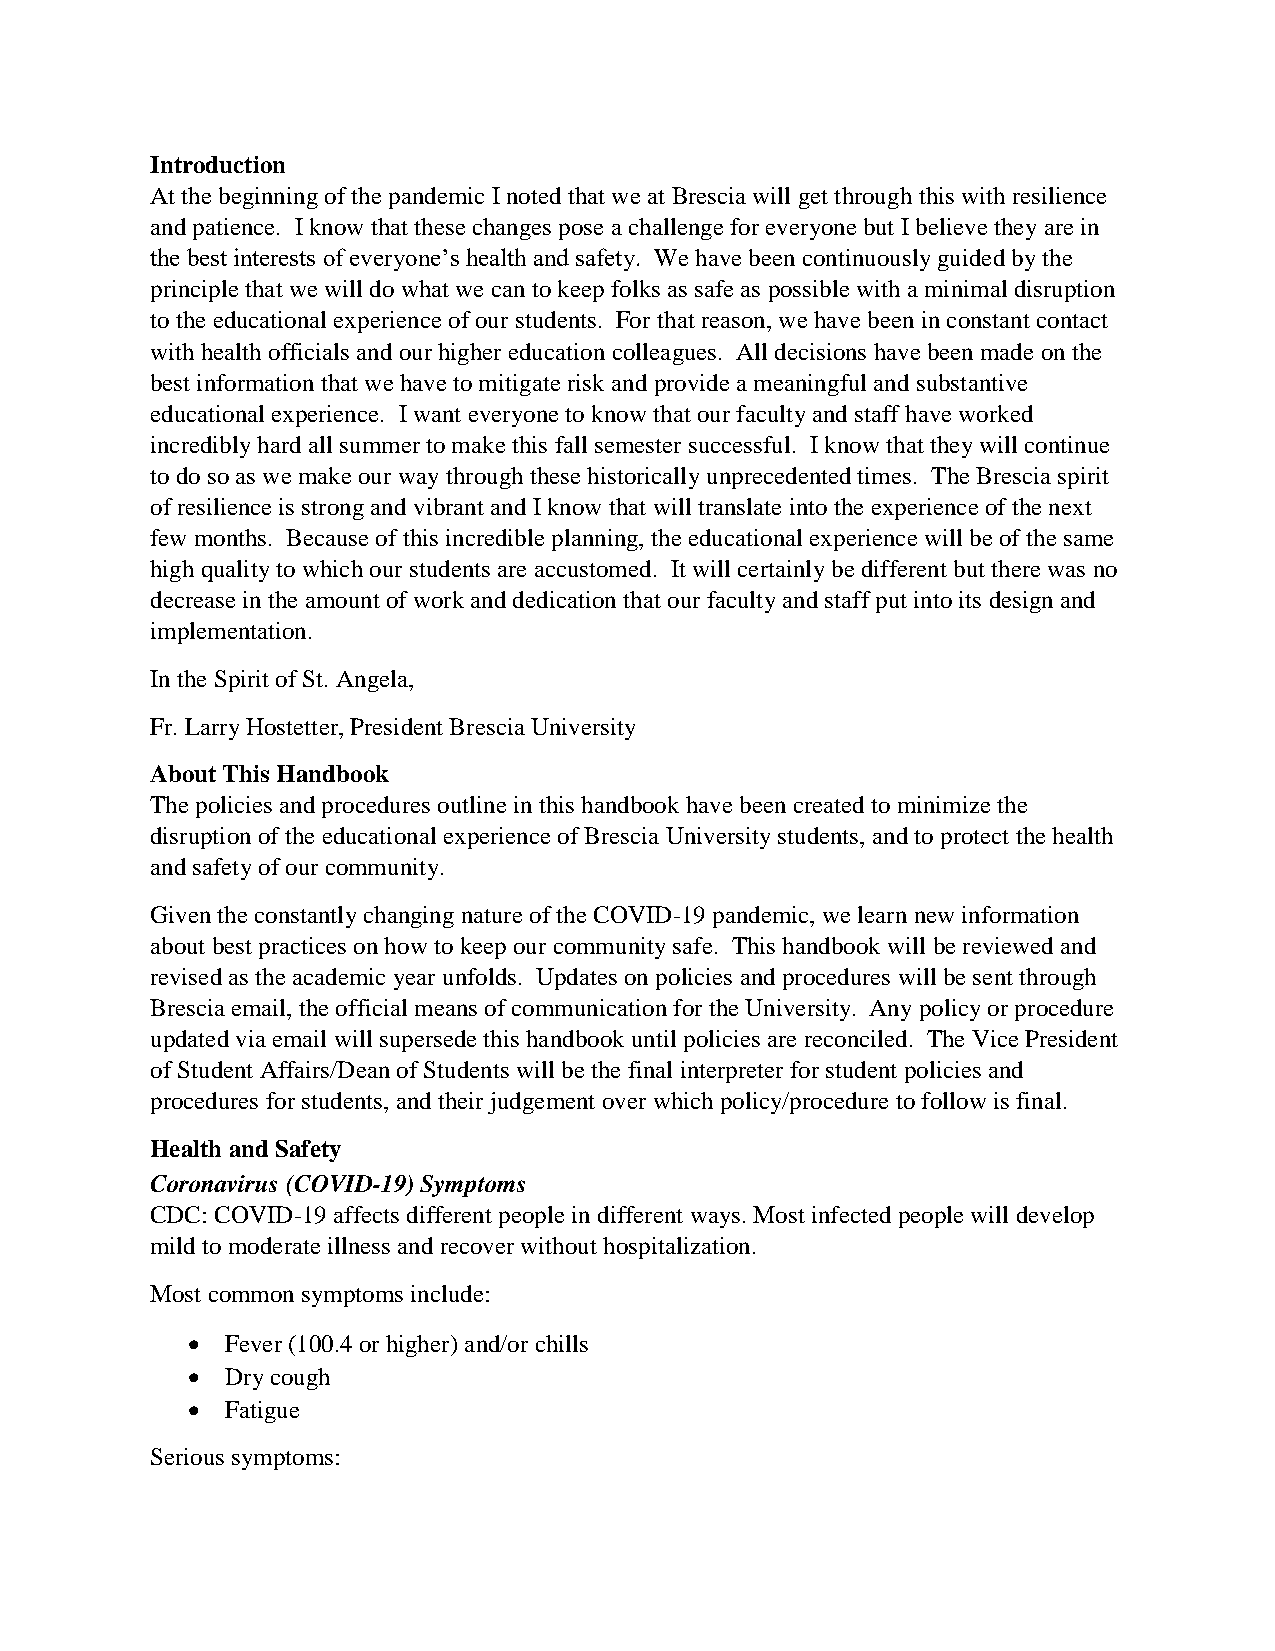
Introduction
 At the beginning of the pandemic I noted that we at Brescia will get through this with resilience
 and patience. I know that these changes pose a challenge for everyone but I believe they are in
 the best interests of everyone’s health and safety. We have been continuously guided by the
 principle that we will do what we can to keep folks as safe as possible with a minimal disruption
 to the educational experience of our students. For that reason, we have been in constant contact
 with health officials and our higher education colleagues. All decisions have been made on the
 best information that we have to mitigate risk and provide a meaningful and substantive
 educational experience. I want everyone to know that our faculty and staff have worked
 incredibly hard all summer to make this fall semester successful. I know that they will continue
 to do so as we make our way through these historically unprecedented times. The Brescia spirit
 of resilience is strong and vibrant and I know that will translate into the experience of the next
 few months. Because of this incredible planning, the educational experience will be of the same
 high quality to which our students are accustomed. It will certainly be different but there was no
 decrease in the amount of work and dedication that our faculty and staff put into its design and
 implementation.
 In the Spirit of St. Angela,
 Fr. Larry Hostetter, President Brescia University
 About This Handbook
 The policies and procedures outline in this handbook have been created to minimize the
 disruption of the educational experience of Brescia University students, and to protect the health
 and safety of our community.
 Given the constantly changing nature of the COVID-19 pandemic, we learn new information
 about best practices on how to keep our community safe. This handbook will be reviewed and
 revised as the academic year unfolds. Updates on policies and procedures will be sent through
 Brescia email, the official means of communication for the University. Any policy or procedure
 updated via email will supersede this handbook until policies are reconciled. The Vice President
 of Student Affairs/Dean of Students will be the final interpreter for student policies and
 procedures for students, and their judgement over which policy/procedure to follow is final.
 Health and Safety
 Coronavirus (COVID-19) Symptoms
 CDC: COVID-19 affects different people in different ways. Most infected people will develop
 mild to moderate illness and recover without hospitalization.
 Most common symptoms include:
 •  Fever (100.4 or higher) and/or chills
 •  Dry cough
 •  Fatigue
 Serious symptoms: